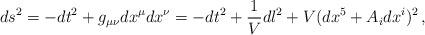
LaTeX: \begin{align*} ds^{2}=-dt^{2}+g_{\mu\nu}dx^{\mu}dx^{\nu}=-dt^{2}+\frac{1}{V}dl^{2}+V(dx^{5}+A_{i}dx^{i})^{2}\,,\end{align*}